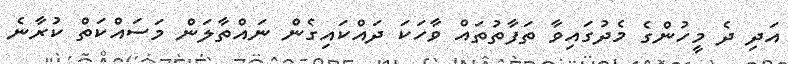
އަދި ދެ މީހުންގެ މެދުގައިވާ ތަފާތުތައް ވާހަކަ ދައްކައިގެން ނައްތާލަން މަސައްކަތް ކުރާނެ